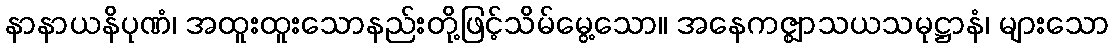
နာနာယနိပုဏံ၊ အထူးထူးသောနည်းတို့ဖြင့်သိမ်မွေ့သော။ အနေကဇ္ဈာသယသမုဋ္ဌာနံ၊ များသော